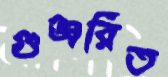
গুঞ্জরিত